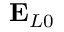
\mathbf { E } _ { L 0 }